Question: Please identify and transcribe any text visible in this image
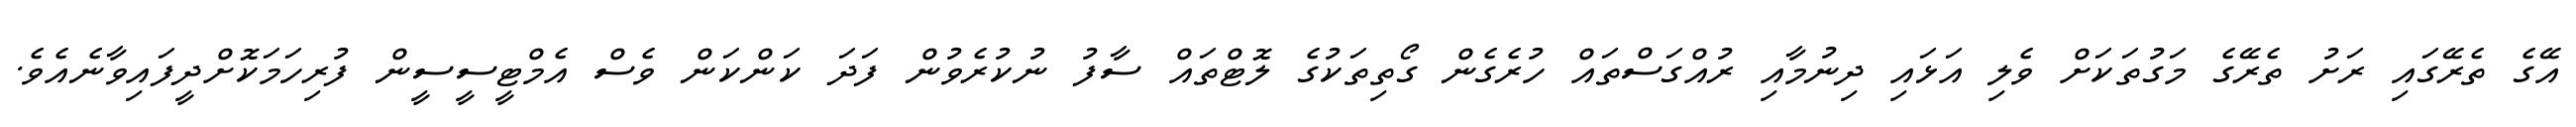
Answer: އޭގެ ތެރޭގައި ރަށު ތެރޭގެ މަގުތަކަށް ވެލި އަޅައި ދިނުމާއި ރުއްގަސްތައް ހުރެގެން ގޯތިތަކުގެ ލޮޓްތައް ސާފު ނުކުރެވުން ފަދަ ކަންކަން ވެސް އެމްޓީސީސީން ފުރިހަމަކޮށްދީފައިވާނެއެވެ.